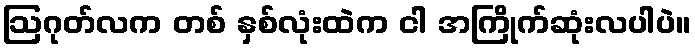
ဩဂုတ်လက တစ် နှစ်လုံးထဲက ငါ အကြိုက်ဆုံးလပါပဲ။